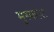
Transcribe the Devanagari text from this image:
मुस्काट